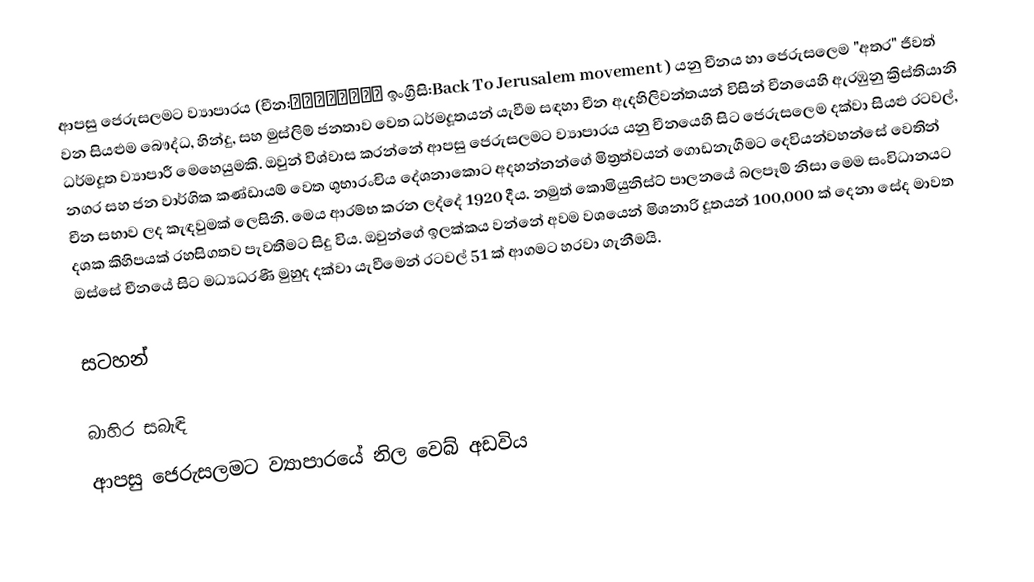
ආපසු ජෙරුසලමට ව්‍යාපාරය (චීන:传回耶路撒冷运动  ඉංග්‍රීසි:Back To Jerusalem movement ) යනු චීනය හා ජෙරුසලෙම "අතර"  ජීවත් වන සියළුම බෞද්ධ, හින්දු, සහ මුස්ලිම් ජනතාව වෙත ධර්මදූතයන්  යැවීම සඳහා චීන ඇදහිලිවන්තයන් විසින් චීනයෙහි ඇරඹුනු ක්‍රිස්තියානි ධර්මදූත ව්‍යාපාරී මෙහෙයුමකි.  ඔවුන් විශ්වාස කරන්නේ ආපසු ජෙරුසලමට ව්‍යාපාරය යනු චීනයෙහි සිට ජෙරුසලෙම දක්වා සියළු රටවල්, නගර සහ ජන වාර්ගික කණ්ඩායම් වෙත ශුභාරංචිය දේශනාකොට අදහන්නන්ගේ මිත්‍රත්වයන් ගොඩනැගීමට දෙවියන්වහන්සේ වෙතින් චීන සභාව ලද කැඳවුමක් ලෙසිනි. මෙය ආරම්භ කරන ලද්දේ 1920 දීය. නමුත් කොමියුනිස්ට් පාලනයේ බලපෑම් නිසා මෙම සංවිධානයට දශක කිහිපයක් රහසිගතව පැවතීමට සිදු විය. ඔවුන්ගේ ඉලක්කය වන්නේ අවම වශයෙන් මිශනාරි දූතයන් 100,000 ක් දෙනා සේද මාවත ඔස්සේ චීනයේ සිට මධ්‍යධරණී මුහුද දක්වා යැවීමෙන් රටවල් 51 ක් ආගමට හරවා ගැනීමයි.

සටහන්

බාහිර සබැඳි
 ආපසු ජෙරුසලමට ව්‍යාපාරයේ නිල වෙබ් අඩවිය